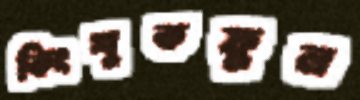
কিংশুকফুল